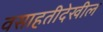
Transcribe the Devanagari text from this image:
वसाहतीदेखील